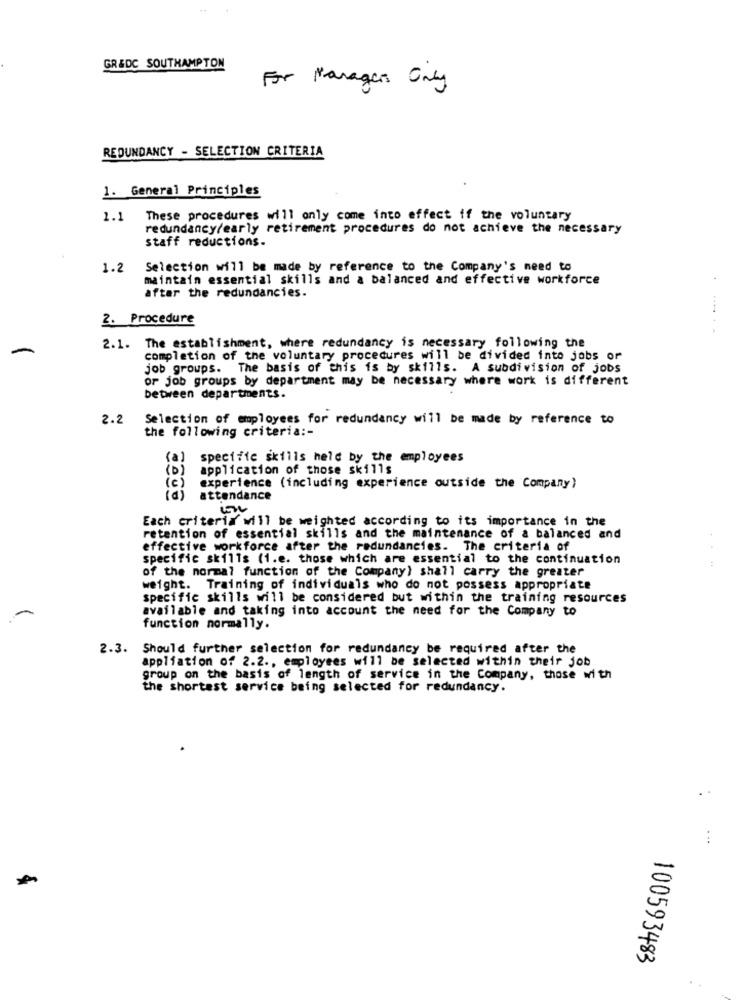
GR&DC SOUTHAMPTON
For Managers Only
REDUNDANCY - SELECTION CRITERIA
1. General Principles
1.1
These procedures will only come into effect if the voluntary
redundancy/early retirement procedures do not achieve the necessary
staff reductions.
1.2
Selection will be made by reference to the Company's need to
maintain essential skills and a balanced and effective workforce
after the redundancies.
2. Procedure
-
2.1. The establishment, where redundancy is necessary following the
completion of the voluntary procedures will be divided into jobs or
job groups. The basis of this is by skills. A subdivision of jobs
or job groups by department may be necessary where work is different
between departments.
2.2
Selection of employees for redundancy will be made by reference to
the following criteria :-
(a)
specifie skills held by the employees
(D)
application of those skills
(C )
experience (including experience outside the Company)
id)
attendance
Each criteria will be weighted according to its importance in the
retention of essential skills and the maintenance of a balanced and
effective workforce after the redundancies. The criteria of
specific skills (1.e. those which are essential to the continuation
of the normal function of the Company) shall carry the greater
weight. Training of individuals who do not possess appropriate
specific skills will be considered but within the training resources
available and taking into account the need for the Company to
function normally.
2.3. Should further selection for redundancy be required after the
appliation of 2.2 ., employees will be selected within their job
group on the basis of length of service in the Company, those with
the shortest service being selected for redundancy.
. ..
100593483